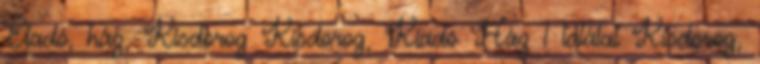
Eladó, ház, Kisdorog Kisdorog, Kiadó Ház 1 találat Kisdorog,